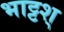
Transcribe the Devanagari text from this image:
भाट्टश्